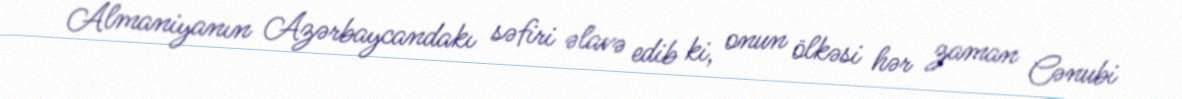
Almaniyanın Azərbaycandakı səfiri əlavə edib ki, onun ölkəsi hər zaman Cənubi